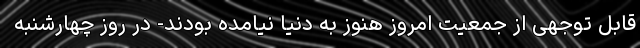
قابل توجهی از جمعیت امروز هنوز به دنیا نیامده بودند- در روز چهارشنبه